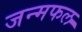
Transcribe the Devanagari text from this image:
जन्मफल